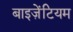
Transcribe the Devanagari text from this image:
बाइज़ेंटियम